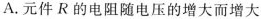
A. 元件R的电阻随电压的增大而增大